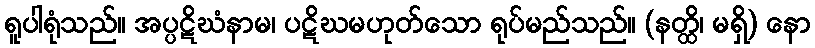
ရူပါရုံသည်။ အပ္ပဋိဃံနာမ၊ ပဋိဃမဟုတ်သော ရုပ်မည်သည်။ (နတ္ထိ၊ မရှိ) နော